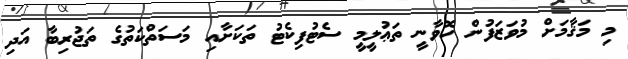
މި މަޤާމަށް މުވަޒަފުން ހޮވާނީ ތަޢުލީމީ ސެޓުފިކެޓު ތަކަށާއި މަސަތްކަތުގެ ތަޖުރިބާ އަދި